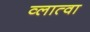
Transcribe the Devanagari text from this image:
व्लात्वा